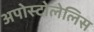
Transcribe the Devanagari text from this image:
अपोस्टोलेलिस